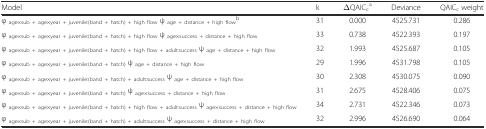
<table><thead><tr><td><b>Model</b></td><td><b>k</b></td><td><b>ΔQAIC<sub>c</sub><sup>a</sup></b></td><td><b>Deviance</b></td><td><b>QAIC<sub>c</sub> weight</b></td></tr></thead><tbody><tr><td>φ <sub>age×sub + age×year + juvenile:(band + hatch) + high flow</sub> ψ <sub>age + distance + high flow</sub><sup>b</sup></td><td>31</td><td>0.000</td><td>4525.731</td><td>0.286</td></tr><tr><td>φ <sub>age×sub + age×year + juvenile:(band + hatch) + high flow</sub> ψ <sub>age×success + distance + high flow</sub></td><td>33</td><td>0.738</td><td>4522.393</td><td>0.197</td></tr><tr><td>φ <sub>age×sub + age×year + juvenile:(band + hatch) + high flow + adult:success</sub> ψ <sub>age + distance + high flow</sub></td><td>32</td><td>1.993</td><td>4525.687</td><td>0.105</td></tr><tr><td>φ <sub>age×sub + age×year + juvenile:(band + hatch)</sub> ψ <sub>age + distance + high flow</sub></td><td>29</td><td>1.996</td><td>4531.798</td><td>0.105</td></tr><tr><td>φ <sub>age×sub + age×year + juvenile:(band + hatch) + adult:success</sub> ψ <sub>age + distance + high flow</sub></td><td>30</td><td>2.308</td><td>4530.075</td><td>0.090</td></tr><tr><td>φ <sub>age×sub + age×year + juvenile:(band + hatch)</sub> ψ <sub>age×success + distance + high flow</sub></td><td>31</td><td>2.675</td><td>4528.406</td><td>0.075</td></tr><tr><td>φ <sub>age×sub + age×year + juvenile:(band + hatch) + high flow + adult:success</sub> ψ <sub>age×success + distance + high flow</sub></td><td>34</td><td>2.731</td><td>4522.346</td><td>0.073</td></tr><tr><td>φ <sub>age×sub + age×year + juvenile:(band + hatch) + adult:success</sub> ψ <sub>age×success + distance + high flow</sub></td><td>32</td><td>2.996</td><td>4526.690</td><td>0.064</td></tr></tbody></table>